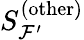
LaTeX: S_{\mathcal{F^{\prime}}}^{(\mathrm{other})}